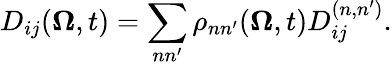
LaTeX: D_{ij}(\boldsymbol{\Omega},t)=\sum_{nn^{\prime}}\rho_{nn^{\prime}}(\boldsymbol{\Omega},t)D_{ij}^{(n,n^{\prime})}.